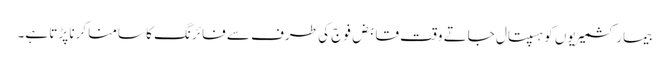
بیمار کشمیریوں کو ہسپتال جاتے وقت قابض فوج کی طرف سے فائرنگ کا سامنا کرنا پڑتا ہے۔